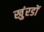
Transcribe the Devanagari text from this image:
खुंरडों